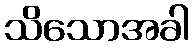
သိသောအခါ